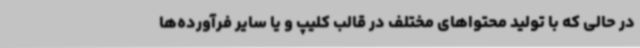
در حالی که با تولید محتواهای مختلف در قالب کلیپ و یا سایر فرآورده‌ها